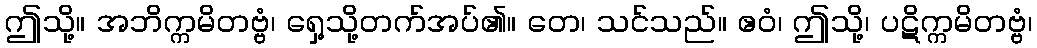
ဤသို့။ အဘိက္ကမိတဗ္ဗံ၊ ရှေ့သို့တက်အပ်၏။ တေ၊ သင်သည်။ ဧဝံ၊ ဤသို့၊ ပဋိက္ကမိတဗ္ဗံ၊